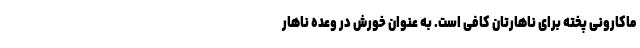
ماکارونی پخته برای ناهارتان کافی است. به عنوان خورش در وعده ناهار